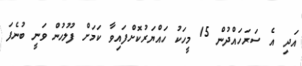
އަދި އެ ސަރަހައްދުން 15 މީހަކު ހައްޔަރުކޮށްފައިވާ ކަމަށް ފުލުހުން ވަނީ ބުނެފަ